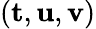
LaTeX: ({\mathbf t},{\mathbf u},{\mathbf v})